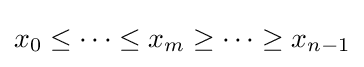
x_{0}\leq \cdots \leq x_{m}\geq \cdots \geq x_{n-1}